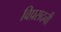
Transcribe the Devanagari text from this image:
विप्रसदनी